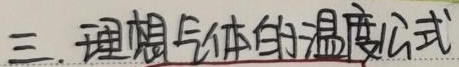
三. 理想气体的温度公式